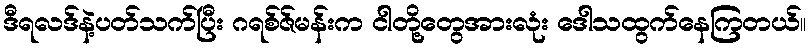
ဒီရလဒ်နဲ့ပတ်သက်ပြီး ဂရစ်ဇ်မန်းက ငါတို့တွေအားလုံး ဒေါသထွက်နေကြတယ်။